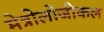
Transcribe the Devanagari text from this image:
मेत्रोलोजीकल